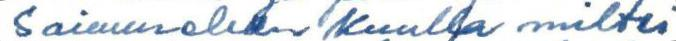
Saimmehan kuulla miltei